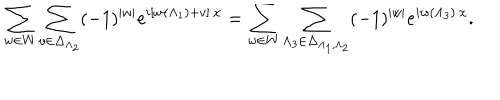
\sum _ { w \in W } \sum _ { v \in \Delta _ { \Lambda _ { 2 } } } ( - 1 ) ^ { | w | } e ^ { i \left[ w ( \Lambda _ { 1 } ) + v \right] \cdot x } = \sum _ { w \in W } \sum _ { \Lambda _ { 3 } \in \Delta _ { \Lambda _ { 1 } , \Lambda _ { 2 } } } ( - 1 ) ^ { | w | } e ^ { i w ( \Lambda _ { 3 } ) \cdot x } .